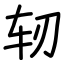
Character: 轫